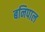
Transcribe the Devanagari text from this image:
बनिपाल